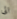
الى